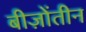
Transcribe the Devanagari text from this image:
बीज़ोंतीन